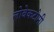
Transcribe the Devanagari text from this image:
लोबेकटोमी